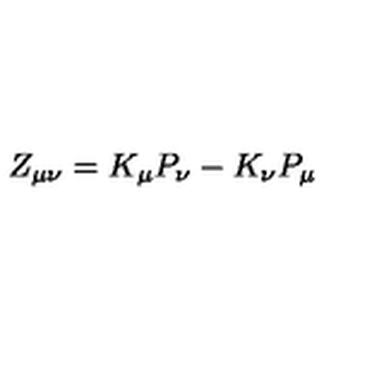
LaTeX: Z _ { \mu \nu } = K _ { \mu } P _ { \nu } - K _ { \nu } P _ { \mu }